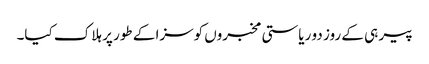
پیر ہی کے روز دو ریاستی مخبروں کوسزا کے طور پر ہلاک کیا۔